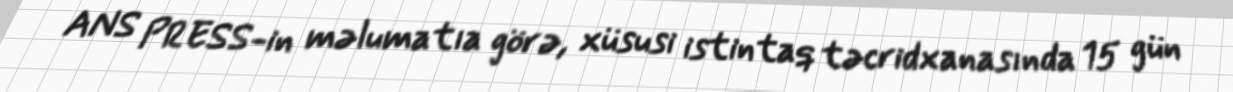
ANS PRESS-in məlumatıa görə, xüsusi istintaq təcridxanasında 15 gün